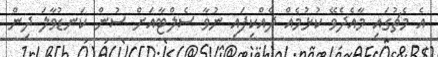
އެ މެޗުގައި މާއެދެވޭ ކުޅުމެއް ދެއްކިފައި ނުވާ ސެލްޓާއަށް ސުން ކަނޑުވާލަ ދިން